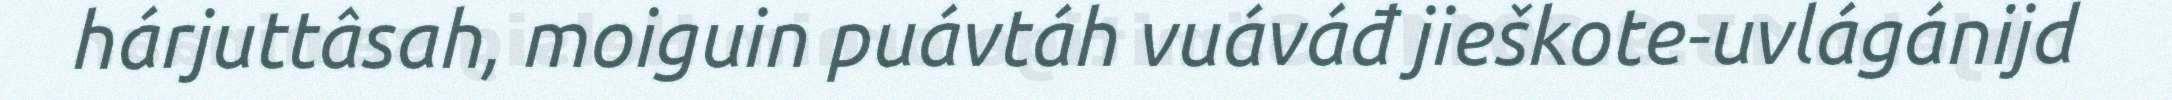
hárjuttâsah, moiguin puávtáh vuáváđ jieškote-uvlágánijd